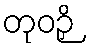
တုဝဉှိ